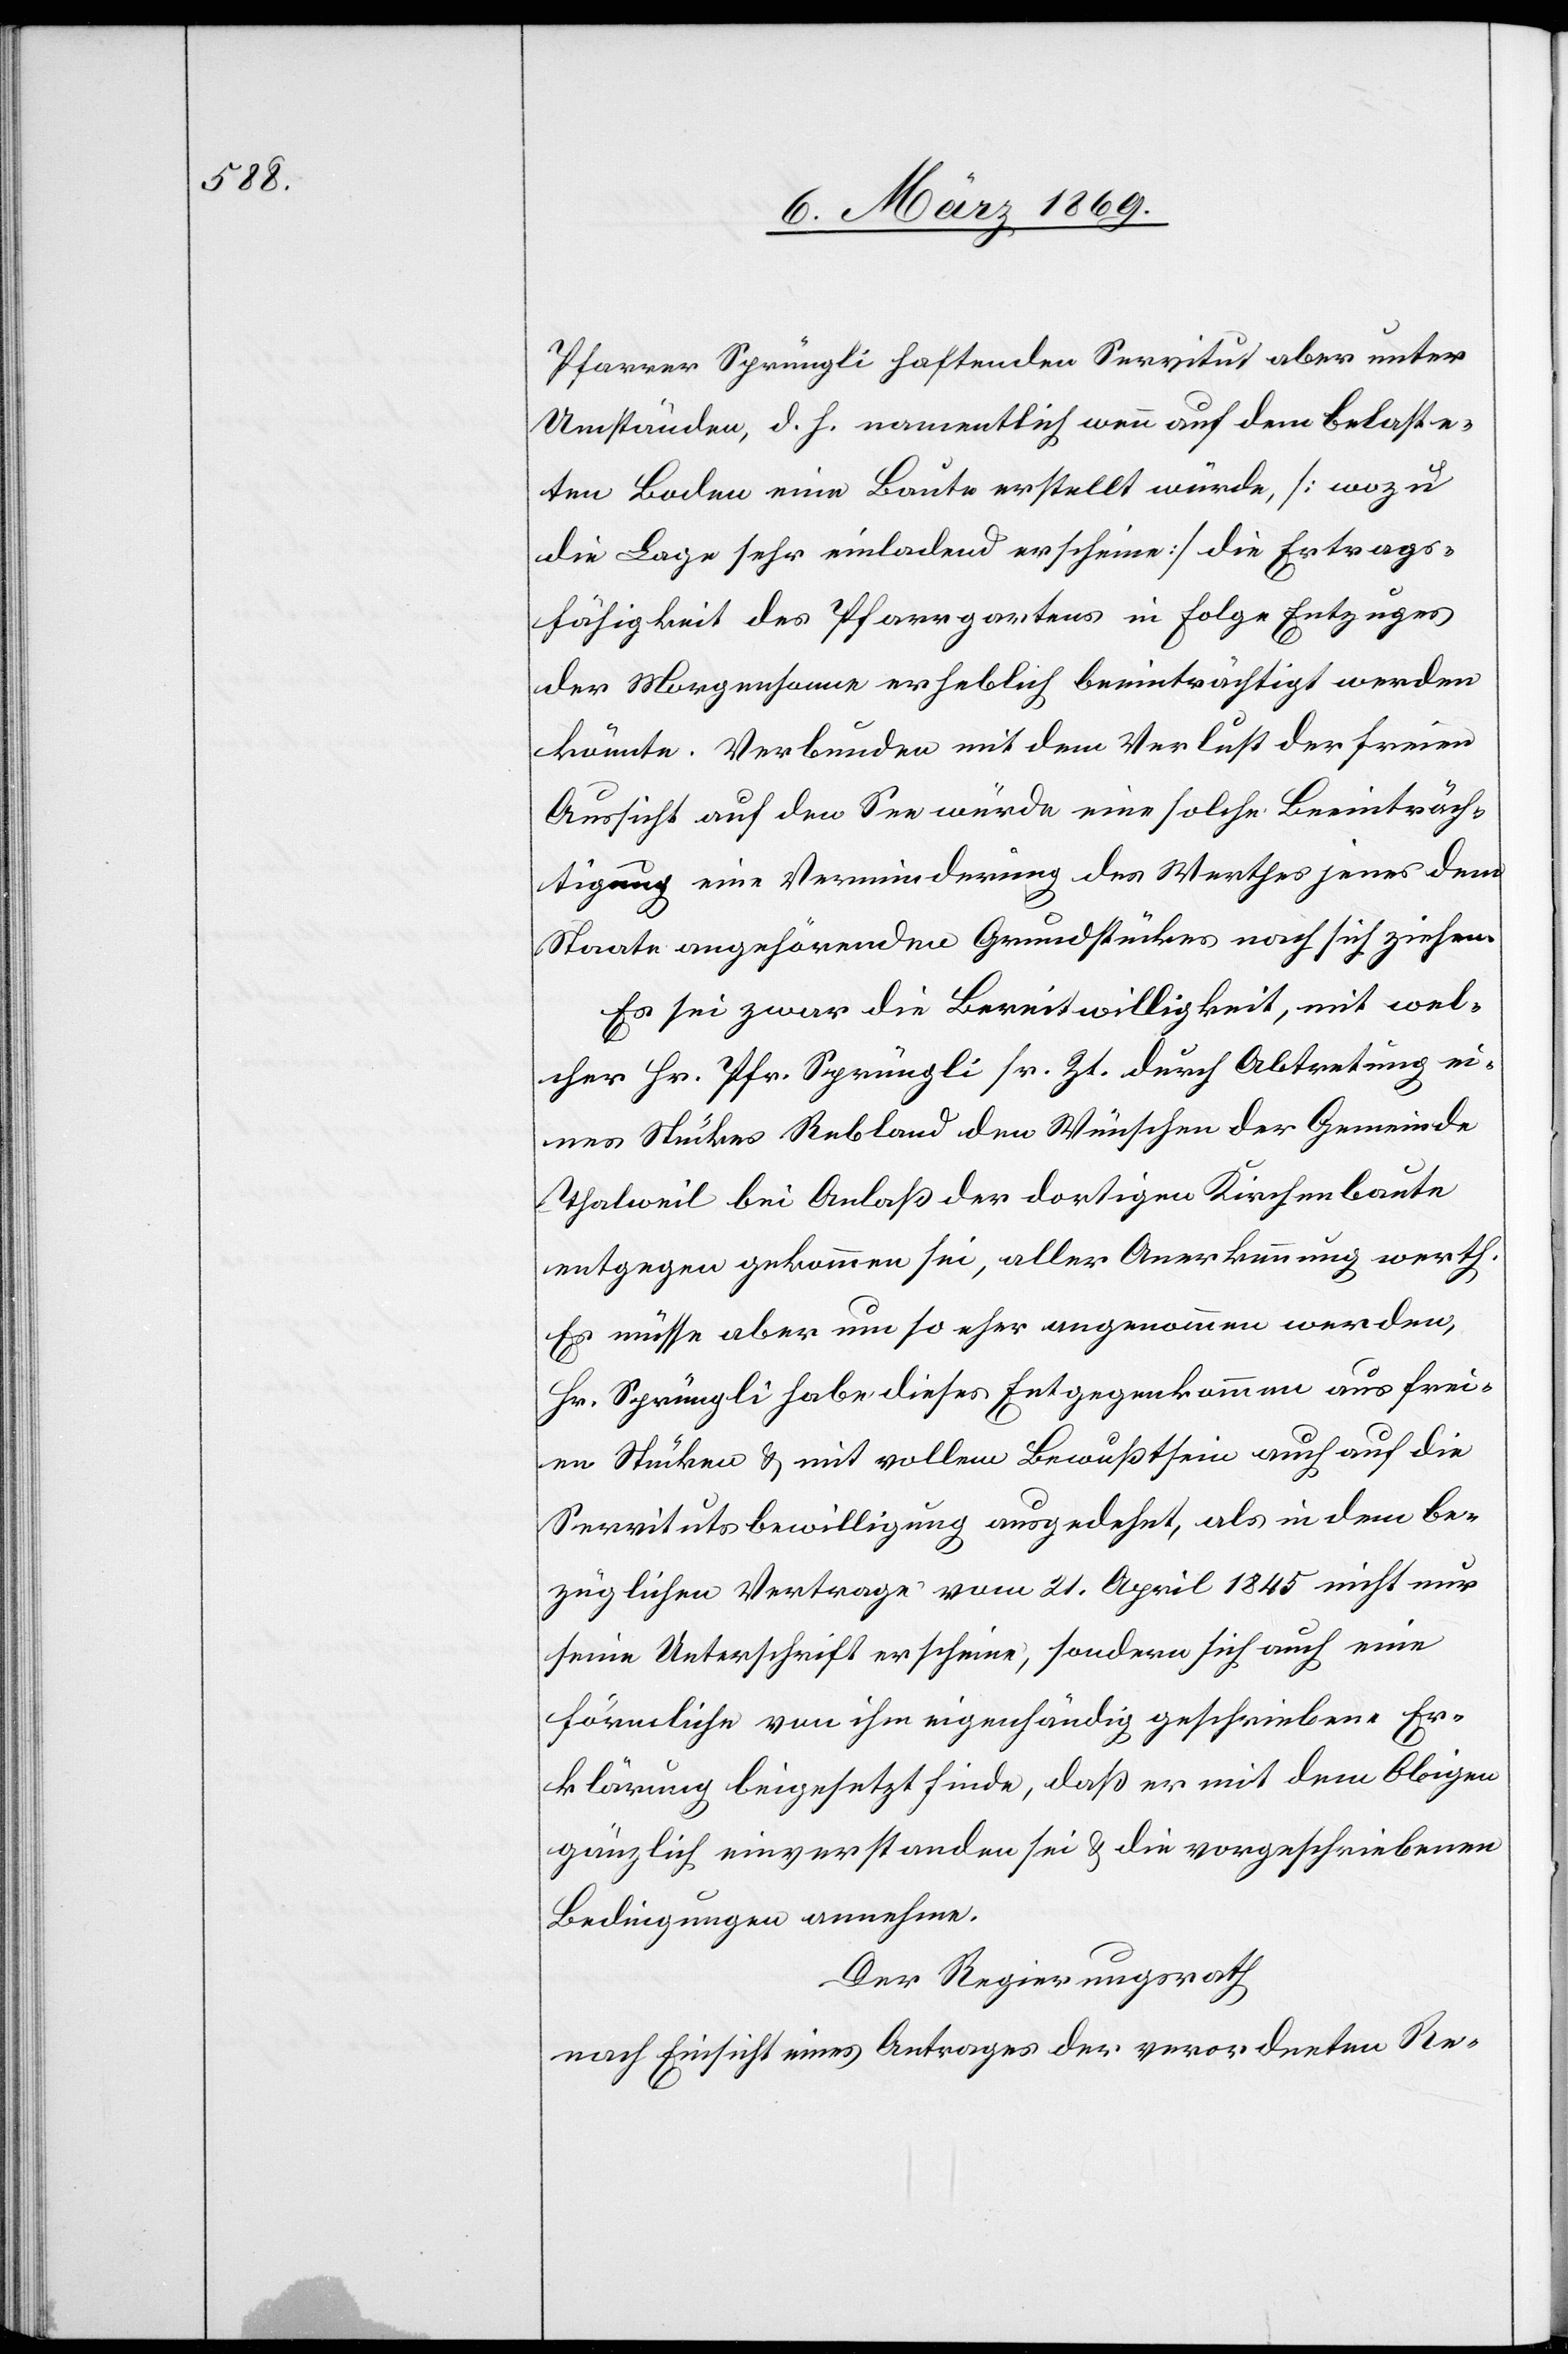
Pfarrer Sprüngli haftenden Servitut aber unter
Umständen, d. h. namentlich wenn auf dem belaste¬
ten Boden eine Baute erstellt würde, [wozu
die Lage sehr einladend erscheine] die Ertrags¬
fähigkeit des Pfarrgartens in Folge Entzuges
der Morgensonne erheblich beeinträchtigt werden
könnte. Verbunden mit dem Verlust der freien
Aussicht auf den See würde eine solche Beeinträch¬
tigung eine Verminderung des Werthes jenes dem
Staate angehörenden Grundstückes nach sich ziehen.
Es sei zwar die Bereitwilligkeit, mit wel¬
cher Hr. Pfr. Sprüngli sr. Zt. durch Abtretung ei¬
nes Stückes Rebland den Wünschen der Gemeinde
Thalweil bei Anlaß der dortigen Kirchenbaute
entgegen gekommen sei, aller Anerkennung werth.
Es müsse aber um so eher angenommen werden,
Hr. Sprüngli habe dieses Entgegenkommen aus frei¬
en Stücken & mit vollem Bewußtsein auch auf die
Servitutsbewilligung ausgedehnt, als in dem be¬
züglichen Vertrage vom 21. April 1845 nicht nur
seine Unterschrift erscheine, sondern sich auch eine
förmliche von ihm eigenhändige geschriebene Er¬
klärung beigesetzt finde, daß er mit dem Obigen
gänzlich einverstanden sei & die vorgeschriebenen
Bedingungen annehme.
Der Regierungsrath
nach Einsicht eines Antrages der verordneten Re-